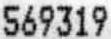
569319